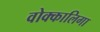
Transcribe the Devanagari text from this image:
वोक्कालिगा